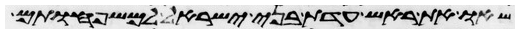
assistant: שאו את ראש עדת בני ישראל למשפחותם